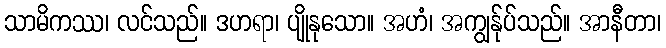
သာမိကဿ၊ လင်သည်။ ဒဟရာ၊ ပျိုနုသော။ အဟံ၊ အကျွန်ုပ်သည်။ အာနီတာ၊